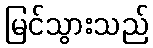
မြင်သွားသည်